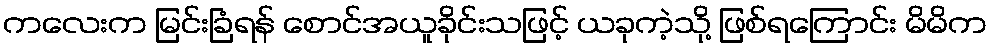
ကလေးက မြင်းခြံရန် စောင်အယူခိုင်းသဖြင့် ယခုကဲ့သို့ ဖြစ်ရကြောင်း မိမိက